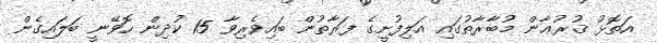
އަތޮޅު ޤުރުޢާން މުބާރާތުގައި އަލިފުށީގެ ފަރާތުން ބައިވެރިވާ 15 ކުދިން ހޮވޭނީ ބަލައިގެން